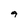
Character: 9